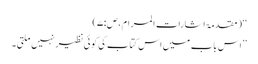
‘‘ (مقدمۃ اشارات المرام،ص:۷)
’’اس باب میں اس کتاب کی کوئی نظیر نہیں ملتی۔